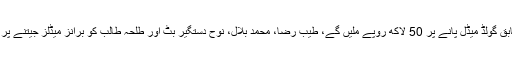
انعام بٹ کو سپورٹس پالیسی کے مطابق گولڈ میڈل پانے پر 50 لاکھ روپے ملیں گے، طیب رضا، محمد بلال، نوح دستگیر بٹ اور طلحہ طالب کو برانز میڈلز جیتنے پر 10،10لاکھ روپے دیے جائیں گے۔